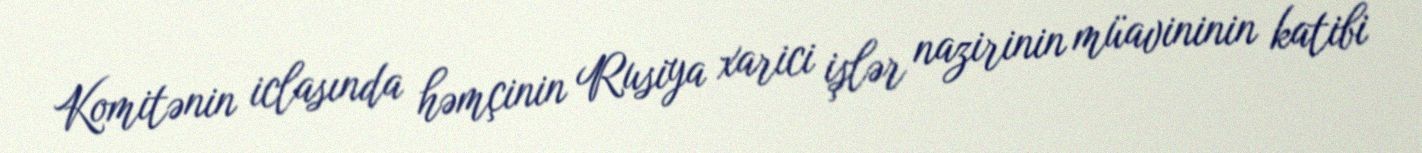
Komitənin iclasında həmçinin Rusiya xarici işlər nazirinin müavininin katibi